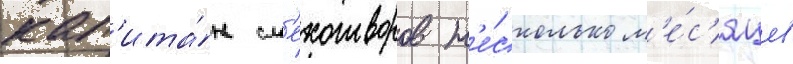
кап'ита́н см'ехотворов н'е́сколько м'е́с'яцев